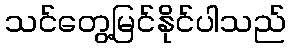
သင်တွေ့မြင်နိုင်ပါသည်